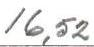
16,52